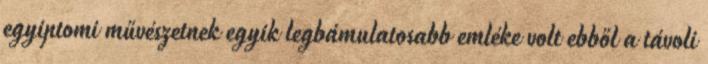
egyiptomi művészetnek egyik legbámulatosabb emléke volt ebből a távoli